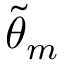
\widetilde { \theta } _ { m }